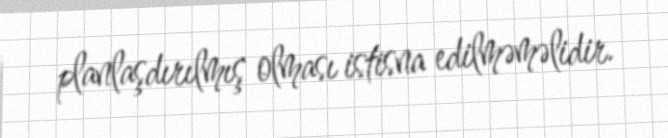
planlaşdırılmış olması istisna edilməməlidir.